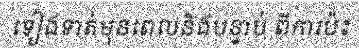
ទៀងទាត់មុនពេលនិងបន្ទាប់ ពីការប៉ះ